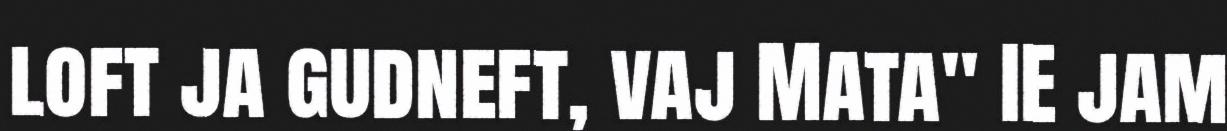
loft ja gudneft, vaj Mata" IE jam